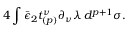
4 \int \bar { \epsilon } _ { 2 } t _ { ( p ) } ^ { \nu } \partial _ { \nu } \lambda \, d ^ { p + 1 } \sigma .